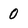
Character: 0